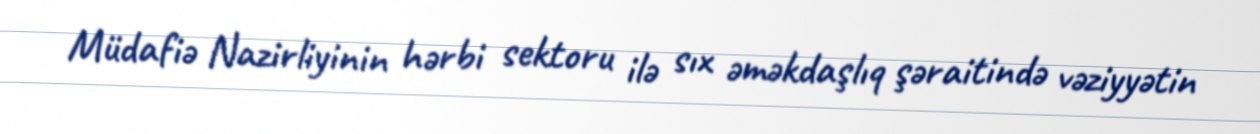
Müdafiə Nazirliyinin hərbi sektoru ilə sıx əməkdaşlıq şəraitində vəziyyətin